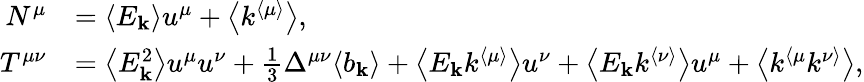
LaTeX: \begin{array}{rl}{N^{\mu}}&{=\left\langle E_{\mathbf{k}}\right\rangle u^{\mu}+\left\langle k^{\langle\mu\rangle}\right\rangle,}\\ {T^{\mu\nu}}&{=\left\langle E_{\mathbf{k}}^{2}\right\rangle u^{\mu}u^{\nu}+\frac{1}{3}\Delta^{\mu\nu}\langle b_{\mathbf{k}}\rangle+\left\langle E_{\mathbf{k}}k^{\langle\mu\rangle}\right\rangle u^{\nu}+\left\langle E_{\mathbf{k}}k^{\langle\nu\rangle}\right\rangle u^{\mu}+\left\langle k^{\langle\mu}k^{\nu\rangle}\right\rangle,}\end{array}